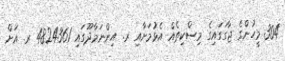
304 މީހުންގެ ޖާގަގައިގެ މިސްކިތެއް އެޅުމަށާއި ރ. އިންނަމާދޫގައި 4824361 ރ. އަށް